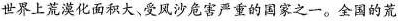
世界上荒漠化面积大、受风沙危害严重的国家之一。全国的荒